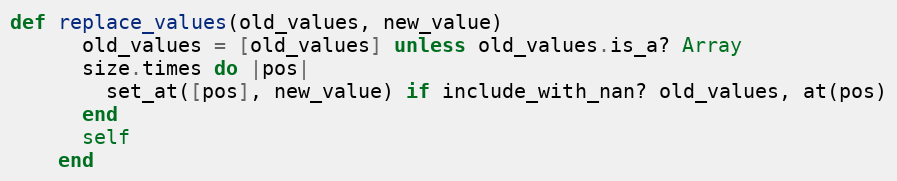
Language: Ruby
def replace_values(old_values, new_value)
      old_values = [old_values] unless old_values.is_a? Array
      size.times do |pos|
        set_at([pos], new_value) if include_with_nan? old_values, at(pos)
      end
      self
    end